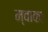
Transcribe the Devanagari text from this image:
म्वाका